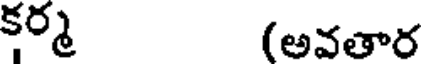
కర్మ (అవతార